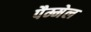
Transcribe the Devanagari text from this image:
पैम्मेल